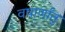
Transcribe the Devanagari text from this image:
वषार्णांतु